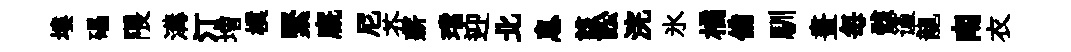
塿礧隈溝汀増樸緊廐尼芥薪璫迎北息該訟浣氷橘備馴晝毎骸谨龍南衣